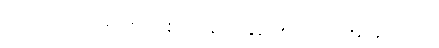
ပေါင်းစည်းသွားမည် ခမ်ဘေးက လျှို့ဝှက်ဆန်းကြယ်မှုများ ဦးအောင်မင်းတို့နှင့် ဖျက်မရသည့်